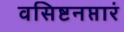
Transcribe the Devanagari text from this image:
वसिष्टनप्तारं